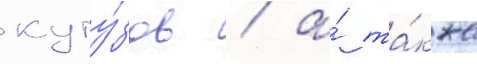
куту́зов / а́ та́кже